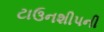
ટાઉનશીપની